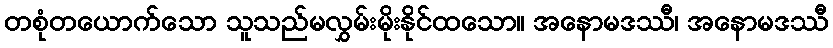
တစုံတယောက်သော သူသည်မလွှမ်းမိုးနိုင်ထသော။ အနောမဒဿီ၊ အနောမဒဿီ